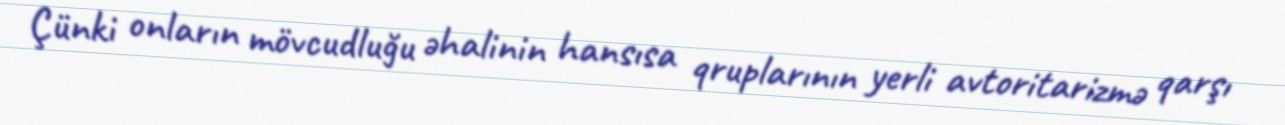
Çünki onların mövcudluğu əhalinin hansısa qruplarının yerli avtoritarizmə qarşı